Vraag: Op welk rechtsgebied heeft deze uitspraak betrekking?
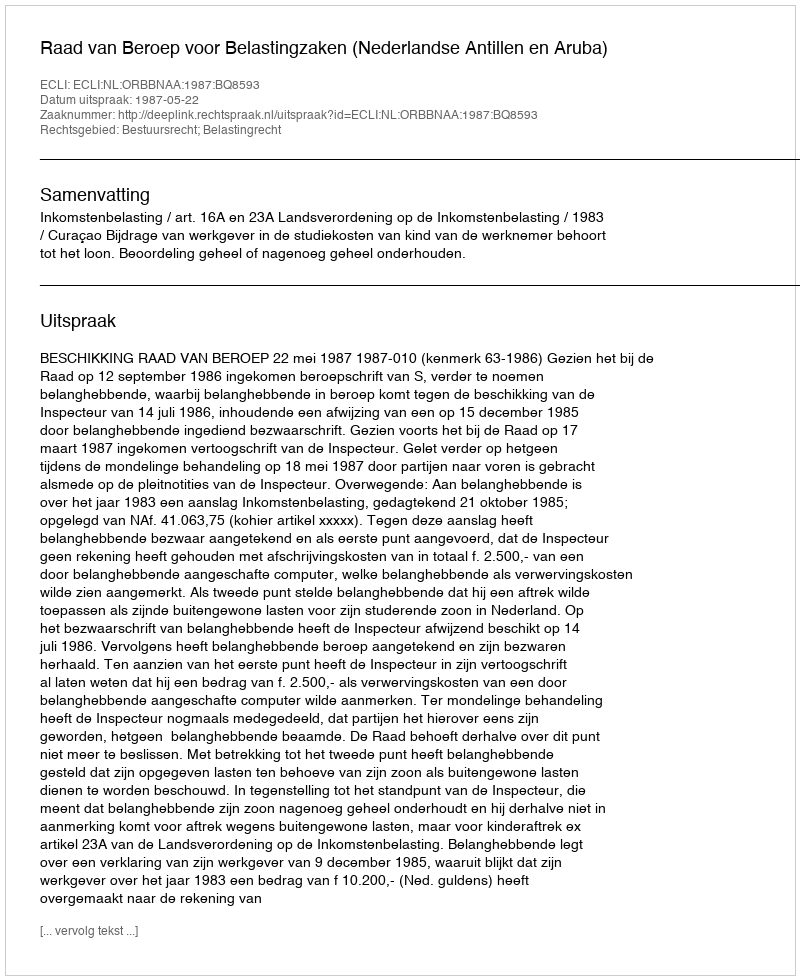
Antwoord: Bestuursrecht; Belastingrecht